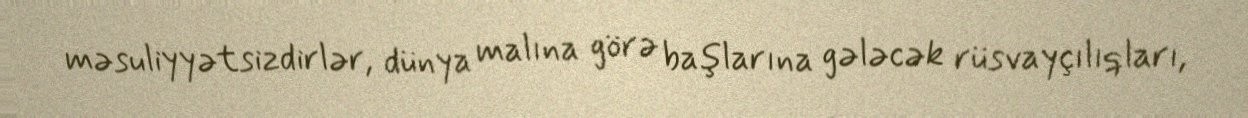
məsuliyyətsizdirlər, dünya malına görə başlarına gələcək rüsvayçılıqları,